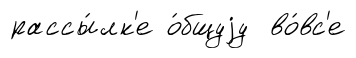
рассы́лк'е о́бщуjу во́вс'е